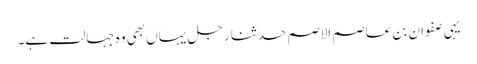
یہی صفوان بن عاصم الاصم حدثنا رجل یہاں بھی وہ جہالت ہے۔